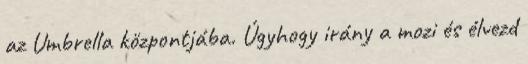
az Umbrella központjába. Úgyhogy irány a mozi és élvezd